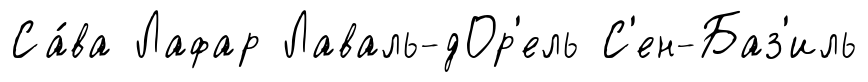
Са́ва Лафар Лаваль-дОр'ель С'ен-Баз'иль